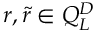
r , \tilde { r } \in Q _ { L } ^ { D }